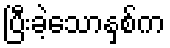
ပြီးခဲ့သောနှစ်က